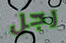
رجل